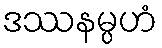
ဒဿနမ္ပဟံ